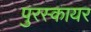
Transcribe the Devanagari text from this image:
पुरस्कायर